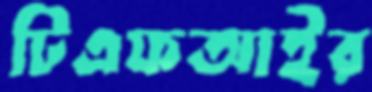
টিএফআইর